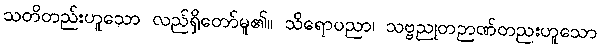
သတိတည်းဟူသော လည်ရှိတော်မူ၏။ သိရောပညာ၊ သဗ္ဗညုတဉာဏ်တညးဟူသော